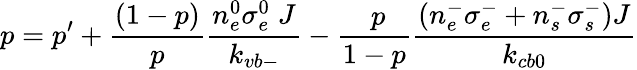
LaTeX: p=p^{\prime}+\frac{(1-p)}{p}\frac{n_{e}^{0}\sigma_{e}^{0}\; J}{k_{vb-}}-\frac{\; p}{1-p}\frac{\left(n_{e}^{-}\sigma_{e}^{-}+n_{s}^{-}\sigma_{s}^{-}\right)J}{k_{cb0}}